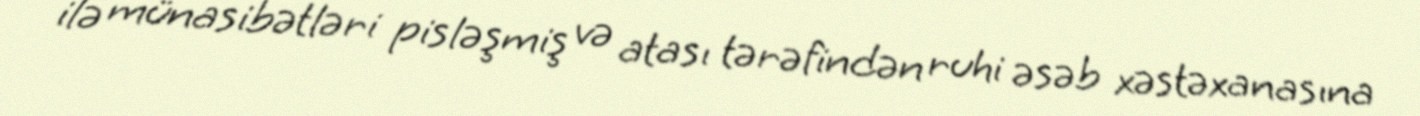
ilə münasibətləri pisləşmiş və atası tərəfindən ruhi əsəb xəstəxanasına